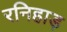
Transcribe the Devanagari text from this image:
रनिहाड़